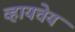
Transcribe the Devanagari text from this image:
व्हायचेय